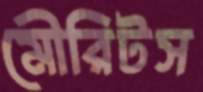
মৌরিটস